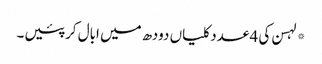
*لہسن کی 4 عدد کلیاں دودھ میں ابال کر پئیں۔